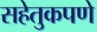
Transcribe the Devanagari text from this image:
सहेतुकपणे